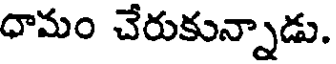
ధామం చేరుకున్నాడు.